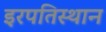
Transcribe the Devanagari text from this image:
इरपतिस्थान